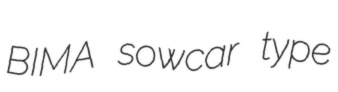
BIMA sowcar type